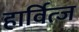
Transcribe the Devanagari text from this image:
हार्वित्ज